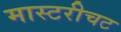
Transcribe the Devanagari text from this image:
मास्टरीचट